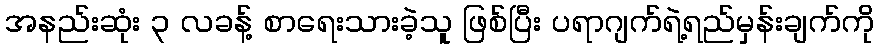
အနည်းဆုံး ၃ လခန့် စာရေးသားခဲ့သူ ဖြစ်ပြီး ပရာဂျက်ရဲ့ရည်မှန်းချက်ကို